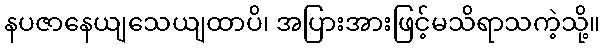
နပဇာနေယျသေယျထာပိ၊ အပြားအားဖြင့်မသိရာသကဲ့သို့။